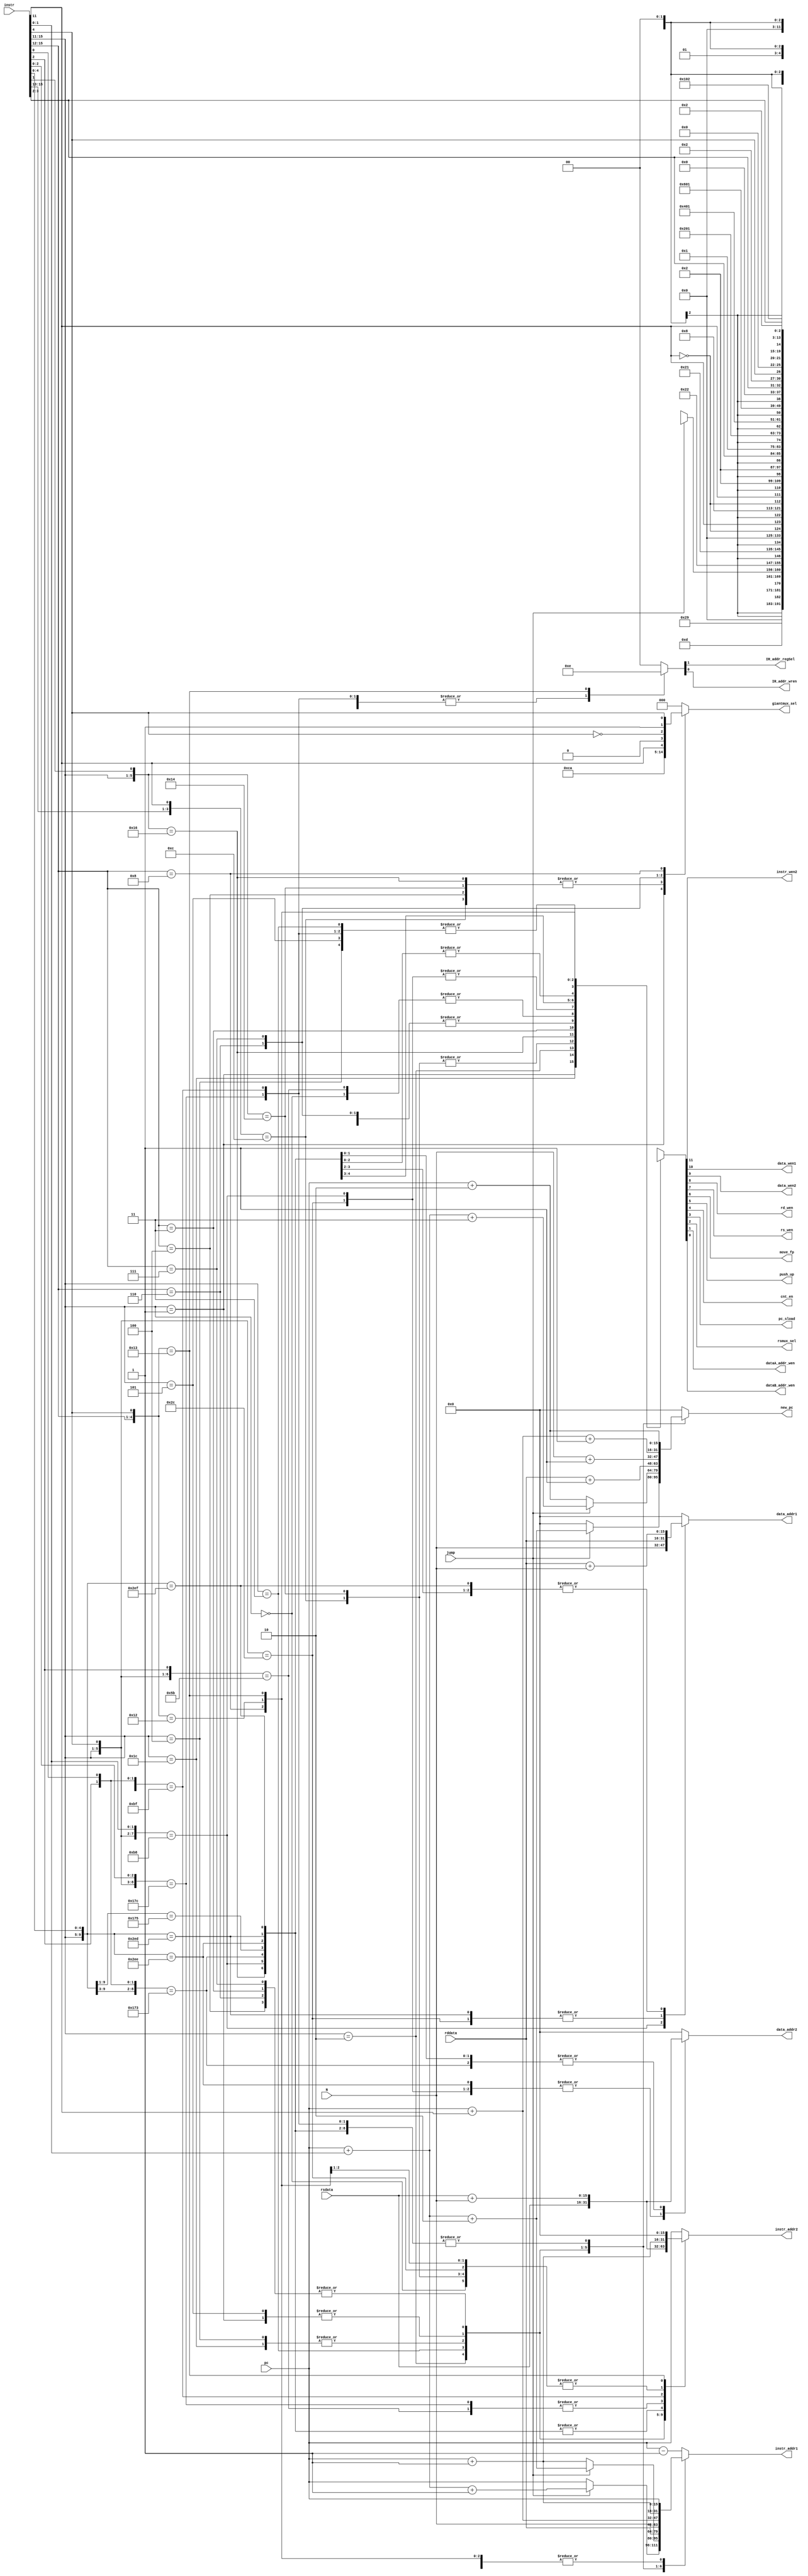
module decoder
(
	input [15:0] instr, N, pc, rddata, rsdata,
	input jump,
	
	output reg [15:0] instr_addr1, instr_addr2, data_addr1, data_addr2, new_pc,
	output reg [2:0] giantmux_sel,
	output instr_wen2, data_wen1, data_wen2, rd_wen, rs_wen, move_fp, push_up, cnt_en, pc_sload, rsmux_sel, dataA_addr_wen, dataB_addr_wen, 
	output IR_addr_regSel, IR_addr_wren
);

wire [9:0] i = {instr[15:11], instr[4:0]}; // wire for inputs
wire jmp = jump;
reg [11:0] o;
reg [1:0] ir;

assign {instr_wen2, data_wen1, data_wen2, rd_wen, rs_wen, move_fp, push_up, cnt_en, pc_sload, rsmux_sel, dataA_addr_wen, dataB_addr_wen} = o;
assign {IR_addr_regSel, IR_addr_wren} = ir;

always @(*)
	begin
	
// initial values to prevent latches from being inferred
instr_addr1 = 16'b0;
instr_addr2 = 16'b0;
data_addr1 = 16'b0;
data_addr2 = 16'b0;
giantmux_sel = 3'b0;
new_pc = 16'b0;
ir = 2'b00;


		casex (i)
		10'b00000xxxxx: // NOP
		begin 
			o = 12'b000000010x00;
			instr_addr1 = pc;
			instr_addr2 = pc + 1'd1;
		end

		10'b00001xxxxx: // CALL
		begin
			o = 12'b000101001x00;
			giantmux_sel = 3'b001; // PC
			instr_addr1 = N;
			instr_addr2 = N + 1'd1;
			new_pc = N + 1'd1;
		end

		10'b11100xxxxx: // RTN
		begin
			o = 12'b000001101x00;
			instr_addr1 = rddata;
			instr_addr2 = rddata + 1'd1;
			new_pc = rddata + 1'd1;
		end

		10'b110x0xxxxx: // LSL and/or LSR
		begin
			o = 12'b000100010x00;
			giantmux_sel = 3'b100; // aluout
			instr_addr1 = pc;
			instr_addr2 = pc + 1'd1;
		end 

		10'b00010xxxxx: // failed CMP R
		begin 
			if(jmp) begin // passed jump
				o = 12'b000000001x00;
				instr_addr1 = pc + instr[1:0] + 2'd1;
				instr_addr2 = pc + instr[1:0] + 2'd2; 
				new_pc = pc + instr[1:0] + 2'd2;
			end else begin // failed jump
				o = 12'b000000010x00;
				instr_addr1 = pc;
				instr_addr2 = pc + 1'd1;
			end
			
		end
		
		10'b00011xxxxx: // failed CMP I
		begin 
			if(jmp) begin //passed jump
				o = 12'b000000001x00;
				instr_addr1 = pc + instr[1:0] + 2'd2;
				instr_addr2 = pc + instr[1:0] + 3'd3; 
				new_pc = pc + instr[1:0] + 3'd3;
			end else begin //failed jump
				o = 12'b000000001x00;
				instr_addr1 = pc + 1'd1;
				instr_addr2 = pc + 2'd2;
				new_pc = pc + 2'd2;
			end
			
		end

		
		10'b00100xxxxx: // JMP R
		begin
			o = 12'b000000001x00;
			instr_addr1 = rddata;
			instr_addr2 = rddata + 1'd1;
			new_pc = rddata + 1'd1;
		end 

		10'b00101xxxxx: // JMP I
		begin
			o = 12'b000000001x00;
			instr_addr1 = N;
			instr_addr2 = N + 1'd1;
			new_pc = N + 1'd1;
		end 

		10'b0100xxxxxx: // ADD R and/or I
		begin
			o = {7'b0001000, !instr[11], instr[11], 3'bx00};
			instr_addr1 = pc + instr[11];
			instr_addr2 = pc + instr[11] + 1'd1;
			new_pc = pc + instr[11] + 1'd1;
			giantmux_sel = 3'b100; // aluout
		end 

		10'b01010xxx0x: // SUB R, no jump cond 
		begin 
			o = 12'b000100010x00;
			instr_addr1 = pc;
			instr_addr2 = pc + 1'd1;
			giantmux_sel = 3'b100; // aluout
		end 

//		10'b01010xxx1x: // SUB R, jump cond failed
//		begin 
//			if(jmp) begin //passed jump
//				o = 12'b000100001x00;
//				instr_addr1 = pc + instr[0] + 1'd1;
//				instr_addr2 = pc + instr[0] + 2'd2;
//				new_pc = pc + instr[0] + 2'd2;
//				giantmux_sel = 3'b100; // aluout
//			end else begin //failed jump
//				o = 12'b000100010x00;
//				instr_addr1 = pc;
//				instr_addr2 = pc + 1'd1;
//				giantmux_sel = 3'b100; // aluout
//			end
//			
//		end


		10'b01011xxx0x: // SUB I, no jump cond
		begin
			o = 12'b000100001x00;
			instr_addr1 = pc + 1'd1;
			instr_addr2 = pc + 2'd2;
			new_pc = pc + 2'd2;
			giantmux_sel = 3'b100; // aluout
		end 

//		10'b01011xxx1x: // SUB I, jump cond failed
//		begin
//			if(jmp) begin //passed jump
//				o = 12'b000100001x00;
//				instr_addr1 = pc + instr[0] + 2'd2;
//				instr_addr2 = pc + instr[0] + 2'd3;
//				new_pc = pc + instr[0] + 2'd3;
//				giantmux_sel = 3'b100; // aluout
//			end else begin //failed jump
//				o = 12'b000100001x00;
//				instr_addr1 = pc + 1'd1;
//				instr_addr2 = pc + 2'd2;
//				new_pc = pc + 2'd2;
//				giantmux_sel = 3'b100; // aluout
//			end
//			
//		end 


		10'b0110xxxxxx: // MAS R and/or I
		begin 
			o = {7'b0001000, !instr[11], instr[11], 3'bx00};
			instr_addr1 = pc + instr[11];
			instr_addr2 = pc + instr[11] + 1'd1;
			new_pc = pc + instr[11] + 1'd1;
			giantmux_sel = 3'b101; // masout
		end 
		
		10'b0011xxxxxx: // MUL R and/or I
		begin 
			o = {7'b0000000, !instr[11], instr[11], 3'bx00};
			instr_addr1 = pc + instr[11];
			instr_addr2 = pc + instr[11] + 1'd1;
			new_pc = pc + instr[11] + 1'd1;
			
		end 

		10'b0111xxxxxx: // MOV R and/or I
		begin 
			o = {7'b0001000, !instr[11], instr[11], 3'bx00};
			instr_addr1 = pc + instr[11];
			instr_addr2 = pc + instr[11] + 1'd1;
			new_pc = pc + instr[11] + 1'd1;
			giantmux_sel = {1'b0, instr[11], 1'b0}; // rsdata = 000, N = 010
		end

		10'b11111xxxxx: // STP
		begin
			o = 12'b000000000x00;
			instr_addr1 = pc - 1'd1;
			instr_addr2 = pc;
		end

		10'b101100xxxx: // SET R, data, set A and/or B
		begin 
			o = {10'b000000010x, instr[3], instr[2]};
			instr_addr1 = pc;
			instr_addr2 = pc + 1'd1;
			data_addr1 = rddata;
			data_addr2 = rsdata;
		end

		10'b101101x1xx: // SET R, instruction, set B
		begin 
			o = 12'b000000010x00;
			instr_addr1 = pc;
			instr_addr2 = rsdata;
			ir = 2'b11;
		end

		10'b101110xx00: // SET I, data, set A and/or B, no offset
		begin 
			o = {10'b000000010x, instr[3], instr[2]};
			instr_addr1 = pc + 1'd1;
			instr_addr2 = pc + 2'd2;
			new_pc = pc + 2'd2;
			data_addr1 = N;
			data_addr2 = rsdata;
		end

		10'b10111001x1: // SET I, data, set B, offset
		begin 
			o = 12'b000000001x01;
			instr_addr1 = pc + 1'd1;
			instr_addr2 = pc + 2'd2;
			new_pc = pc + 2'd2;
			data_addr2 = rsdata + N;
		end

		10'b101110101x: // SET I, data, set A, offset
		begin 
			o = 12'b000000001x10;
			instr_addr1 = pc + 1'd1;
			instr_addr2 = pc + 2'd2;
			new_pc = pc + 2'd2;
			data_addr1 = rddata + N;
		end

		10'b1011101110: // SET I, data, set A & B, offset A
		begin 
			o = 12'b000000001x11;
			instr_addr1 = pc + 1'd1;
			instr_addr2 = pc + 2'd2;
			new_pc = pc + 2'd2;
			data_addr1 = rddata + N;
			data_addr2 = rsdata;
		end

		10'b1011101101: // SET I, data, set A & B, offset B
		begin 
			o = 12'b000000001x11;
			instr_addr1 = pc + 1'd1;
			instr_addr2 = pc + 2'd2;
			new_pc = pc + 2'd2;
			data_addr1 = rddata;
			data_addr2 = rsdata + N;
		end

		10'b1011101111: // SET I, data, set A & B, offset both
		begin 
			o = 12'b000000001x11;
			instr_addr1 = pc + 1'd1;
			instr_addr2 = pc + 2'd2;
			new_pc = pc + 2'd2;
			data_addr1 = rddata + N;
			data_addr2 = rsdata + N;
		end

		10'b101111x100: // SET I, instruction, set B, no offset
		begin 
			o = 12'b000000001x00;
			instr_addr1 = pc + 1'd1;
			instr_addr2 = rsdata;
			new_pc = pc + 2'd2;
			ir = 2'b11;
		end

		10'b101111x1x1: // SET I, instruction, set B, offset
		begin 
			o = 12'b000000001x00;
			instr_addr1 = pc + 1'd1;
			instr_addr2 = rsdata + N;
			new_pc = pc + 2'd2;
			ir = 2'b11;
		end

		10'b1000xxxxxx: // PLD A and/or B, data and/or instruction
		begin 
			o = {3'b000, instr[3], instr[2], 4'b0010, instr[4], 2'b00};
			instr_addr1 = pc;
			instr_addr2 = pc + 1'd1;
			giantmux_sel = {!instr[4], 1'b1, instr[4]}; // 110 = data_out1, 011 = instr_out1
		end

		10'b1001x0xxxx: // PST A and/or B, data
		begin 
			o = {1'b0, instr[3], instr[2], 8'b000010x00};
			instr_addr1 = pc;
			instr_addr2 = pc + 1'd1;
		end

		10'b1001x1xxxx: // PST A and/or B, instruction
		begin 
			o = {12'b100000010x00};
			instr_addr1 = pc;
			ir = 2'b10;
		end

		default: // current default is STP, maybe default to NOP?
		begin
			o = 12'b000000000x00;
			instr_addr1 = pc - 1'b1;
			instr_addr2 = pc;
		end

		endcase	
	end

endmodule